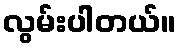
လွမ်းပါတယ်။